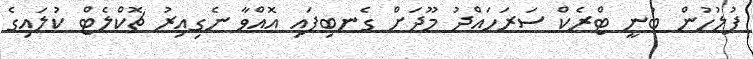
ފުލުހުން ބުނީ ޓްރެކް ސަރަހައްދު މޫދަށް ގެނބިފައި އޮއްވާ ނެގިއިރު ޗޮކްލެޓް ކުލައިގެ